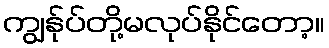
ကျွန်ုပ်တို့မလုပ်နိုင်တော့။